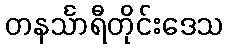
တနင်္သာရီတိုင်းဒေသ